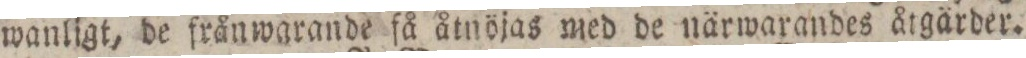
wanligt, de frånwarande få åtnöjas med de närwarandes åtgärder.